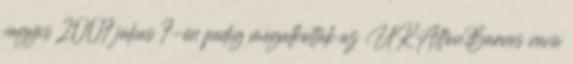
vagyis 2007 július 7-én pedig megalkották az UKAltonBarnes nevü